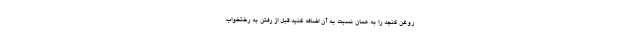
روغن کنجد را به همان نسبت به آن اضافه کنید قبل از رفتن به رختخواب،